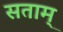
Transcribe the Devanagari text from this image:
सताम्